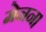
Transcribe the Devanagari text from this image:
मेनन।